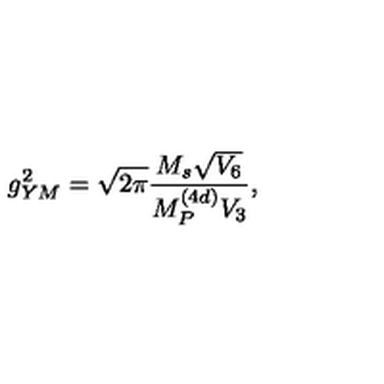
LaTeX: g _ { Y M } ^ { 2 } = \sqrt { 2 \pi } { \frac { M _ { s } \sqrt { V _ { 6 } } } { M _ { P } ^ { ( 4 d ) } V _ { 3 } } } ,